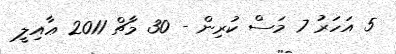
5 އަހަރު 7 މަސް ކުރިން - 30 މާޗް 2011 ޢާއިލީ